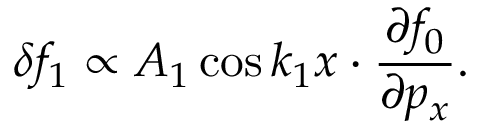
\delta f _ { 1 } \propto A _ { 1 } \cos k _ { 1 } x \cdot \frac { \partial f _ { 0 } } { \partial p _ { x } } .